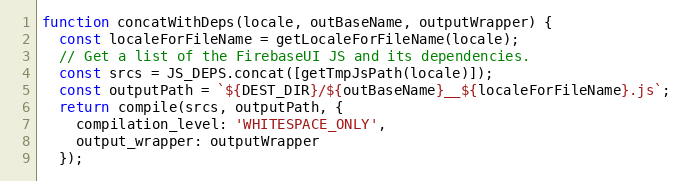
Language: JavaScript
function concatWithDeps(locale, outBaseName, outputWrapper) {
  const localeForFileName = getLocaleForFileName(locale);
  // Get a list of the FirebaseUI JS and its dependencies.
  const srcs = JS_DEPS.concat([getTmpJsPath(locale)]);
  const outputPath = `${DEST_DIR}/${outBaseName}__${localeForFileName}.js`;
  return compile(srcs, outputPath, {
    compilation_level: 'WHITESPACE_ONLY',
    output_wrapper: outputWrapper
  });